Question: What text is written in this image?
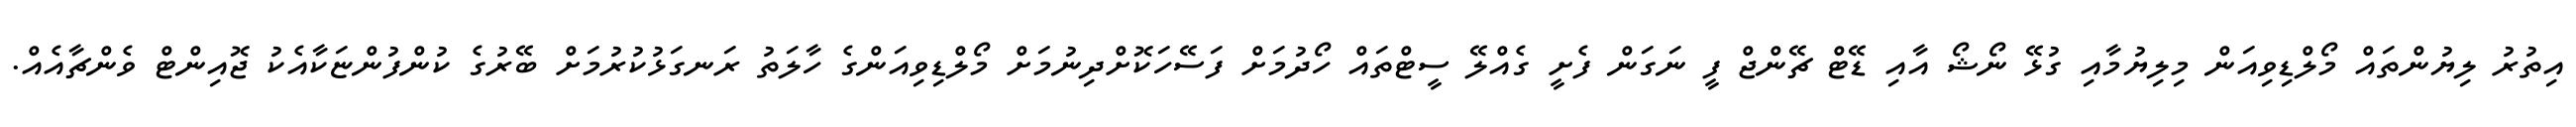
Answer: އިތުރު ލިޔުންތައް މޯލްޑިވިއަން މިލިޔުމާއި ގުޅޭ ނޯޝޯ އާއި ޑޭޓް ޗޭންޖް ފީ ނަގަން ފެށީ ގެއްލޭ ސީޓްތައް ހޯދުމަށް ފަސޭހަކޮށްދިނުމަށް މޯލްޑިވިއަންގެ ހާލަތު ރަނގަޅުކުރުމަށް ބޭރުގެ ކުންފުންޏަކާއެކު ޖޮއިންޓް ވެންޗާއެއް.